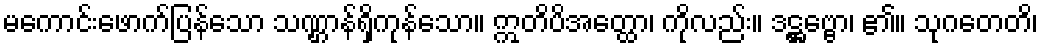
မကောင်းဖောက်ပြန်သော သဏ္ဌာန်ရှိကုန်သော။ ဣတိပိအတ္ထော၊ ကိုလည်း။ ဒဋ္ဌဗ္ဗော၊ ၏။ သုဂတေတိ၊